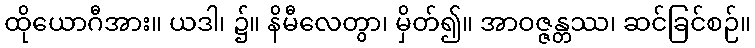
ထိုယောဂီအား။ ယဒါ၊ ၌။ နိမီလေတွာ၊ မှိတ်၍။ အာဝဇ္ဇန္တဿ၊ ဆင်ခြင်စဉ်။